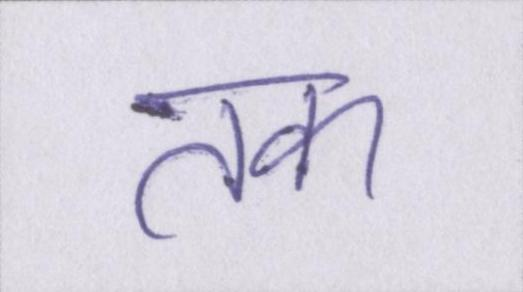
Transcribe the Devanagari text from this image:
तक